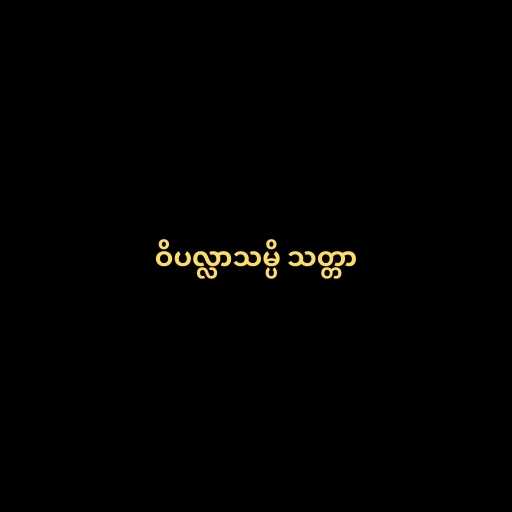
ဝိပလ္လာသမ္ပိ သတ္တာ